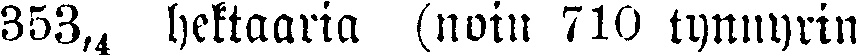
353,4 hektaaria (nom 710 tynnyrin